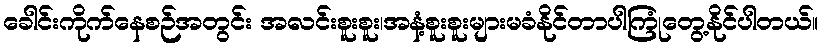
ခေါင်းကိုက်နေစဉ်အတွင်း အလင်းစူးစူး၊အနံ့စူးစူးများမခံနိုင်တာပါကြုံတွေ့နိုင်ပါတယ်။